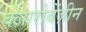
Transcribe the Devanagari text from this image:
क्लारोबेंज़ीन